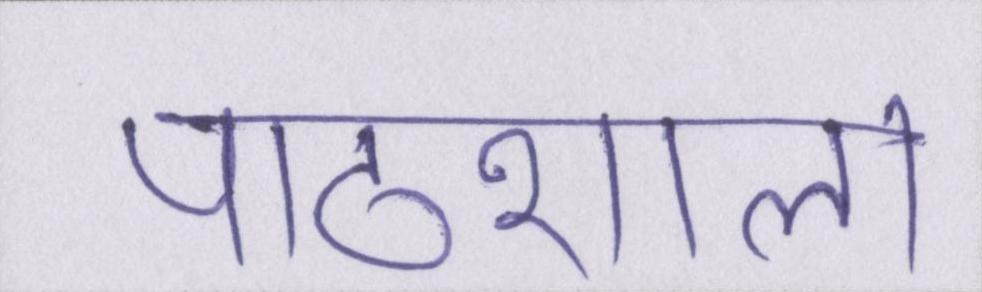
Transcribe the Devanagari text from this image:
पाठशाला